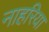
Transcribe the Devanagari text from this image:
नाहरिया